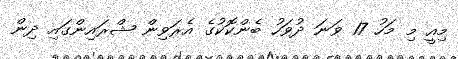
މިއީ މި މަހު 17 ވަނަ ދުވަހު ބެންކޮކުގެ އެރަވިން ޝްރައިންގައި ދިން